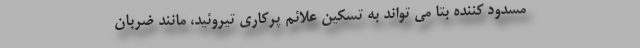
مسدود کننده بتا می تواند به تسکین علائم پرکاری تیروئید، مانند ضربان